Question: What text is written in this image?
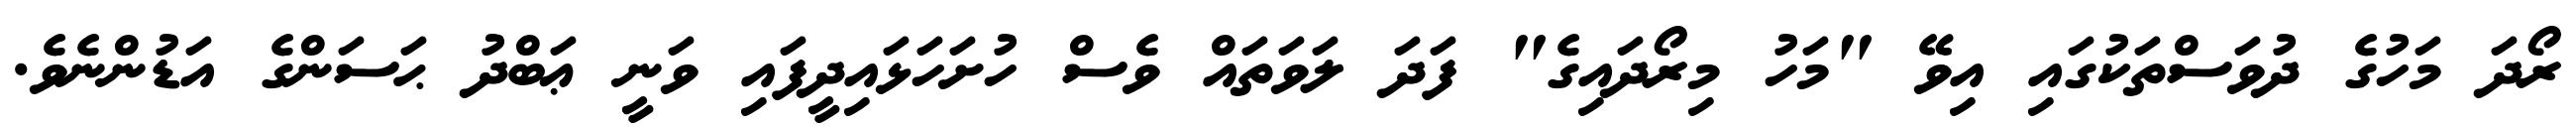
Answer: ރޯދަ މަހުގެ ދުވަސްތަކުގައި އިވޭ "މަހު މިރޯދައިގެ" ފަދަ ލަވަތައް ވެސް ހުށަހަޅައިދީފައި ވަނީ ޢަބްދު ޙަސަންގެ އަޑުންނެވެ.